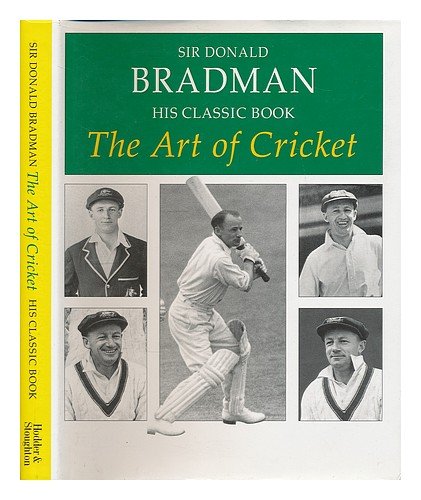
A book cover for The Art of Cricket; Sir Donald Bradman; Sports & Outdoors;